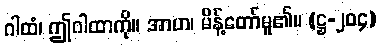
ဂါထံ၊ ဤဂါထာကို။ အာဟ၊ မိန့်တော်မူ၏။ (ဋ္ဌ-၂၀၄)